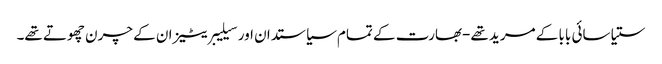
ستیا سائی بابا کے مرید تھے-بھارت کے تمام سیاستدان اور سیلیبریٹیز ان کے چرن چھوتے تھے۔